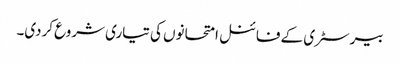
بیرسٹری کے فائنل امتحانوں کی تیاری شروع کردی۔